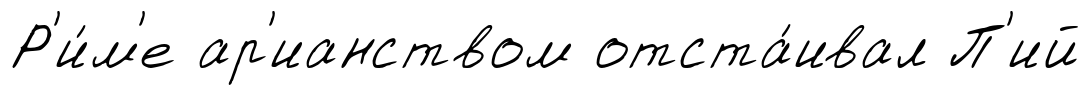
Р'и́м'е ар'ианством отста́ивал П'ий